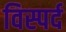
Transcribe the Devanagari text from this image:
विस्पर्द